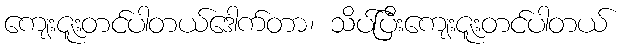
ကျေးဇူးတင်ပါတယ်ဒေါက်တာ၊ သိပ်ပြီးကျေးဇူးတင်ပါတယ်